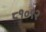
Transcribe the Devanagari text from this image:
८१०९२